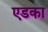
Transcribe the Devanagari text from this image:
एडका